Cholera in India, 1862 to 1881
Year: 1862
Disease focus: Cholera
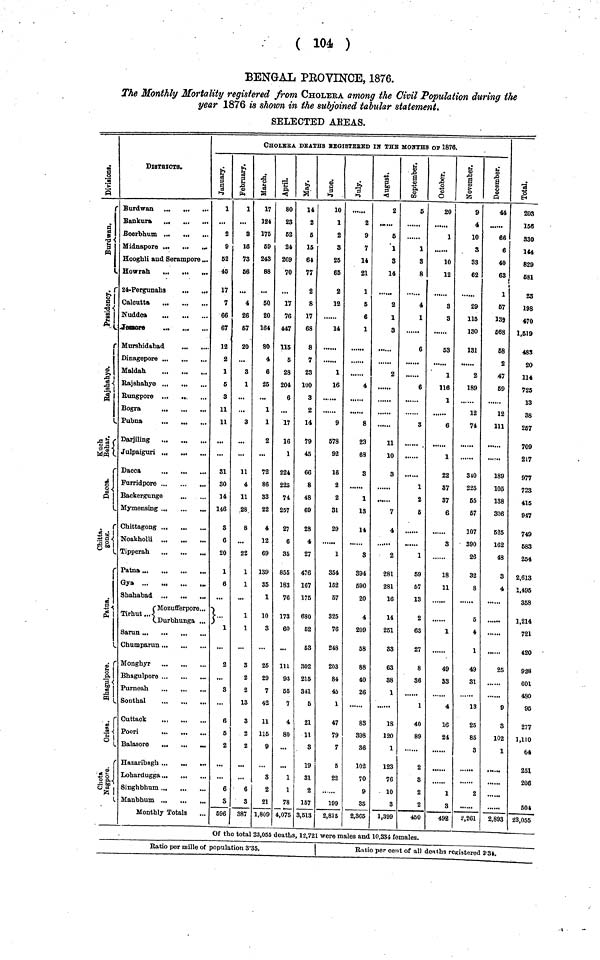
( 104 )
BENGAL PROVINCE, 1876.
The Monthly Mortality registered from CHOLERA among the Civil Population during the
year 1876 is shown in the subjoined tabular statement.
SELECTED ABEAS.
Division
Burdwan.
Prssidency.
Rajshahye.
Kuch Behar.
Dacca.
Chitta gong.
Patna.
Bhagulpore.
Orissa.
Chota
Nagpore.
DISTRICTS.
Burdwan
...
Beerbhum ...
...
Midnaporo
Hooghli and Serampore ...
Howrah
24-Pergunahs
Calcutta
Nuddea
Jessore
Murshidabad
Dinagepore
Maldah
Rajshahye
Rungpore ...
Bogra
Pubna
Dacca
...
Farridpore
...
Backergunge
Mymensing ...
...
...
Chittagong
Noakholli
Tipperah
...
Patna
Mozufferpore...
Tirhut ... Durbhunga
Sarun
Chumparun ...
...
Mongbyr ...
...
Bhagulpore
Purneah
...
...
..
Sonthal
...
...
..
Cuttack
Poori
Balasore
...
...
Singhbhum
Manbhum
Monthly Totals
CHOLERA DEATHS REGISTERED In THE MONTHS OF 1876.
1
2
9
52
45
17
7
66
67
12
2
1
5
3
11
11
31
30
14
146
3
6
20
1
6
2
8
6
6
2
6
4
696
February.
1
3
16
73
56
4
26
67
20
3
1
3
11
4
11
28
8
22
1
1
1
3
2
2
13
3
2
2
6
3
887
March.
17
124
175
69
243
88
50
20
164
80
4
6
25
1
1
2
72
86
33
22
4
12
69
139
35
1
10
3
25
29
7
42
11
115
9
3
2
21
1,80
April.
80
23
52
24
269
70
17
76
447
115
5
28
204
6
17
16
1
224
225
74
257
27
6
35
855
183
76
173
60
111
93
55
7
4
80
1
1
78
4,07
May.
14
2
5
15
64
77
2
8
17
68
8
7
23
100
3
2
14
79
45
66
8
48
69
28
4
27
476
167
175
680
52
53
302
215
341
5
21
11
3
19
31
2
157
3,513
June.
10
1
2
3
25
65
2
12
14
1
16
9
578
92
16
2
2
31
29
1
354
152
67
325
76
243
203
84
45
1
47
79
7
5
22
199
2,815
July.
2
9
7
14
21
1
5
6
1
4
8
23
63
3
1
13
14
3
394
590
20
4
209
58
88
40
26
83
393
36
102
70
9
35
2,365
August.
2
5
1
3
14
2
1
3
2
11
10
3
7
4
2
281
281
16
14
251
33
63
38
1
18
120
1
123
76
10
3
1,399
September.
5
1
3
8
4
1
6
6
3
1
2
6
1
59
57
13
2
63
27
8
36
1
40
89
2
3
2
2
460
October.
20
1
10
12
3
3
53
1
116
1
6
1
22
87
37
6
3
18
11
1
49
33
4
16
24
1
3
492
November.
9
4
10
3
33
62
29
115
130
131
2
189
12
74
340
225
65
67
107
390
26
32
8
5
4
1
49
31
13
25
85
3
2
2,261
December.
44
66
6
40
63
1
67
139
568
58
2
47
59
12
111
189
105
138
306
525
162
48
3
4
25
9
3
102
1
2,893
Total.
203
156
330
144
829
581
23
198
470
1,519
483
20
114
725
13
38
267
709
217
977
723
415
947
749
583
254
2,613
1,495
358
1 214
420
938
601
480
95
277
1,110
64
251
206
504
23,055
Of the total 23,055 deaths, 12,721 were males and 10,334 females.
Ratio per mille of population 3·35.
Ratio per cent of all deaths registered 2·34.